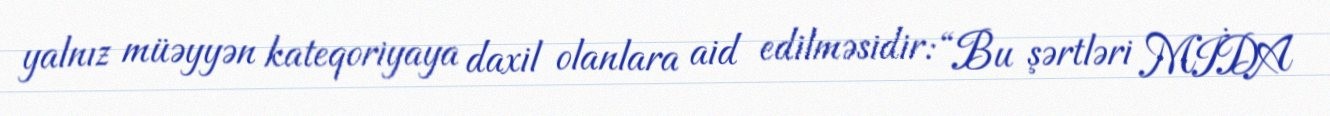
yalnız müəyyən kateqoriyaya daxil olanlara aid edilməsidir: “Bu şərtləri MİDA